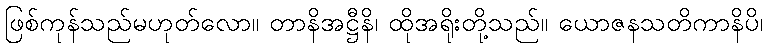
ဖြစ်ကုန်သည်မဟုတ်လော။ တာနိအဋ္ဌီနိ၊ ထိုအရိုးတို့သည်။ ယောဇနသတိကာနိပိ၊